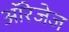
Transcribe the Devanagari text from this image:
ऑरेजेज